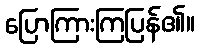
ပြောကြားကြပြန်၏။